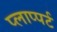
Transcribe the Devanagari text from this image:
प्लाप्पर्ट